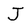
Character: J